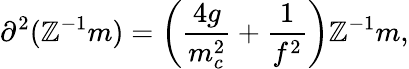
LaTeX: \partial^{2}(\mathbb{Z}^{-1}m)=\left(\frac{{4g}}{{m_{c}^{2}}}+\frac{{1}}{{f^{2}}}\right)\mathbb{Z}^{-1}m,